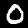
Label: 0